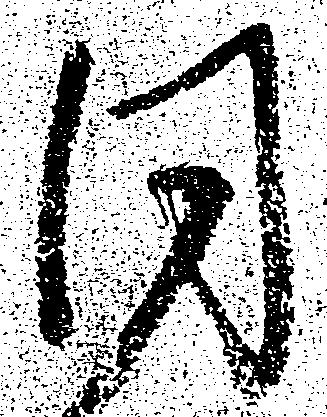
同